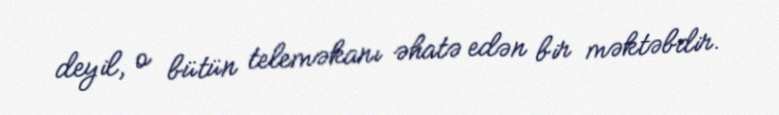
deyil, o bütün teleməkanı əhatə edən bir məktəbdir.